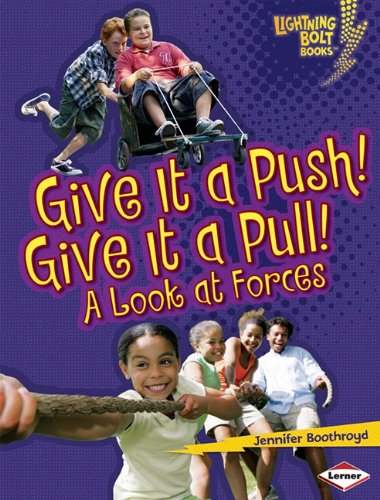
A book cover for Give It a Push! Give It a Pull!: A Look at Forces (Lightning Bolt Books: Exploring Physical Science); Jennifer Boothroyd; Children's Books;